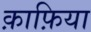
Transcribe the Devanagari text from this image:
क़ाफ़िया